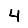
Digit: 4